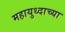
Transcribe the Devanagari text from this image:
महायुध्दाच्या